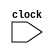
// Incomplete behavioral model of MIPS pipeline

module mipspipe(clock);
   // in_out
   input clock;

   // Instruction opcodes
   parameter LW = 6'b100011, SW = 6'b101011, BEQ = 6'b000100, nop = 32'b00000_100000, ALUop = 6'b0; 
   reg [31:0] PC, // Program counter
		  Regs[0:31],  // Register file
			  IMemory[0:1023], DMemory[0:1023], // Instruction and data memories
              IFIDIR, IDEXA, IDEXB, IDEXIR, EXMEMIR, EXMEMB, // pipeline latches
              EXMEMALUOut, MEMWBValue, MEMWBIR; // pipeline latches

   wire [4:0] IDEXrs, IDEXrt, EXMEMrd, MEMWBrd, MEMWBrt; // fields of pipeline latches
   wire [5:0] EXMEMop, MEMWBop, IDEXop; // opcodes
   wire [31:0] Ain, Bin; // ALU inputs

   // Define fields of pipeline latches
   assign IDEXrs = IDEXIR[25:21]; // rs field
   assign IDEXrt = IDEXIR[20:16]; // rt field
   assign EXMEMrd = EXMEMIR[15:11]; // rd field
   assign MEMWBrd = MEMWBIR[15:11]; // rd field
   assign MEMWBrt = MEMWBIR[20:16]; // rt field -- for loads
   assign EXMEMop = EXMEMIR[31:26]; // opcode
   assign MEMWBop = MEMWBIR[31:26]; // opcode
   assign IDEXop = IDEXIR[31:26]; // opcode

   // Inputs to the ALU come directly from the ID/EX pipeline latches
   assign Ain = IDEXA;
   assign Bin = IDEXB;
   reg [5:0] i; //used to initialize registers
   reg [10:0] j,k; //used to initialize registers

   initial begin
      PC = 0;
      IFIDIR = nop; 
      IDEXIR = nop; 
      EXMEMIR = nop; 
      MEMWBIR = nop; // no-ops placed in pipeline latches
      // test some instructions
      for (i=0;i<=31;i=i+1) Regs[i] = i; // initialize registers
      //IMemory[0] = 32'h8c210003;       //Lw
      //IMemory[1] = 32'hac020000;       //Sw
      //IMemory[2] = 32'h00642820;       //ALU
      IMemory[0] = 32'h00412820;       //(1) ADD $5, $2, $1
      IMemory[1] = nop;
      IMemory[2] = nop;
      IMemory[3] = nop;
      IMemory[4] = 32'h8CA30004;       //(2) LW $3, 4($5)
      IMemory[5] = nop;
      IMemory[6] = nop;
      IMemory[7] = 32'h8c420000;       //(3) LW $2, 0($2)
      IMemory[8] = 32'h00a31825;       //(4) OR $3, $5, $3
      IMemory[9] = nop;
      IMemory[10] = nop;
      IMemory[11] = nop;
      IMemory[12] = 32'haca30000;       //(5) SW $3, 0($5)
      for (j=13;j<=1023;j=j+1) IMemory[j] = nop;
      DMemory[0] = 32'hfffffff0;
      DMemory[1] = 32'hffffffff;
      for (k=8;k<=1023;k=k+1) DMemory[k] = 0;
   end
   
   always @ (posedge clock) 
   begin
      // FETCH: Fetch instruction & update PC
      IFIDIR <= IMemory[PC>>2];
	   PC <= PC + 4;
    
      // DECODE: Read registers 
      IDEXA <= Regs[IFIDIR[25:21]]; 
      IDEXB <= Regs[IFIDIR[20:16]]; // get two registers
      
	  IDEXIR <= IFIDIR; // pass along IR
      
      // EX: Address calculation or ALU operation
      if ((IDEXop==LW) |(IDEXop==SW)) // address calculation
         EXMEMALUOut <= IDEXA +{{16{IDEXIR[15]}}, IDEXIR[15:0]};
      else if (IDEXop==ALUop) begin // ALU operation
         case (IDEXIR[5:0]) // R-type instruction
           32: EXMEMALUOut <= Ain + Bin; // add operation
           37: EXMEMALUOut <= Ain | Bin; // OR Bit-wise operation
           default: ; // other R-type operations [to be implemented]
         endcase
      end
   
      EXMEMIR <= IDEXIR; EXMEMB <= IDEXB; //pass along the IR & B
   
      // MEM 
      if (EXMEMop==ALUop) MEMWBValue <= EXMEMALUOut; //pass along ALU result
      else if (EXMEMop == LW) MEMWBValue <= DMemory[EXMEMALUOut>>2]; // load
      else if (EXMEMop == SW) DMemory[EXMEMALUOut>>2] <=EXMEMB; // store
   
      MEMWBIR <= EXMEMIR; //pass along IR
   
      // WB 
      if ((MEMWBop==ALUop) & (MEMWBrd != 0)) // update registers if ALU operation and destination not 0
		Regs[MEMWBrd] <= MEMWBValue; // ALU operation
      else if ((MEMWBop == LW)& (MEMWBrt != 0)) // Update registers if load and destination not 0
		Regs[MEMWBrt] <= MEMWBValue;
    end

endmodule